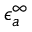
\epsilon _ { a } ^ { \infty }